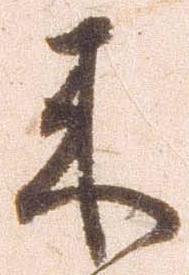
来